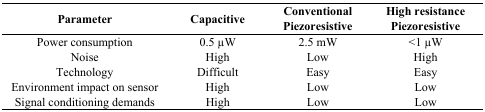
| Parameter | Capacitive | Conventional Piezoresistive | High resistance Piezoresistive |
 | --- | --- | --- | --- |
 | Power consumption | 0.5 μW | 2.5 mW | <1 μW |
 | Noise | High | Low | High |
 | Technology | Difficult | Easy | Easy |
 | Environment impact on sensor | High | Low | Low |
 | Signal conditioning demands | High | Low | Low |